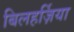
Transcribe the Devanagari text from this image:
बिलहर्ज़िया